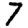
Digit: 7